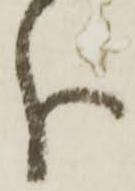
分